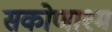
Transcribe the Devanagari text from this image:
सकोणाश्म